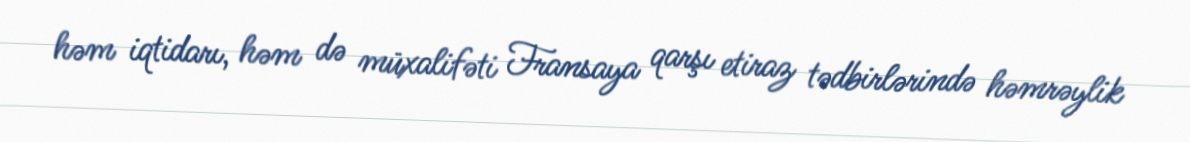
həm iqtidarı, həm də müxalifəti Fransaya qarşı etiraz tədbirlərində həmrəylik